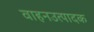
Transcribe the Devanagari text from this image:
वाहनउत्पादक